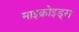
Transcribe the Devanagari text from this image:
माइक्रोइड्स